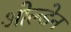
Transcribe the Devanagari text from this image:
ओल्डेन